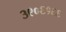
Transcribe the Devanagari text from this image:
३९०६१६६